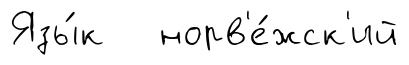
Язы́к норв'е́жск'ий